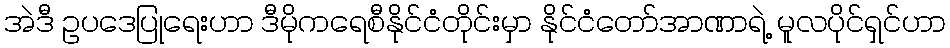
အဲဒီ ဥပဒေပြုရေးဟာ ဒီမိုကရေစီနိုင်ငံတိုင်းမှာ နိုင်ငံတော်အာဏာရဲ့ မူလပိုင်ရှင်ဟာ